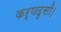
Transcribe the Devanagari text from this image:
कर्णदृसी।